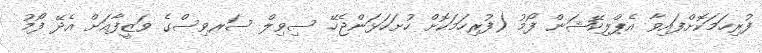
ފުރިހަމަކޮށްފައިވާ އެޕްލިކޭޝަން ފޯމު (ފުރިހަމަކޮށް ހުށަހަޅަންޖެހޭ ސިވިލް ސަރވިސްގެ ވަޒީފާއަށް އެދޭ ފޯމު